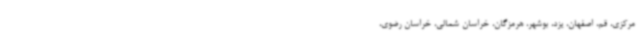
مرکزی، قم، اصفهان، یزد، بوشهر، هرمزگان، خراسان شمالی، خراسان رضوی،